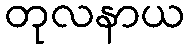
တုလနာယ